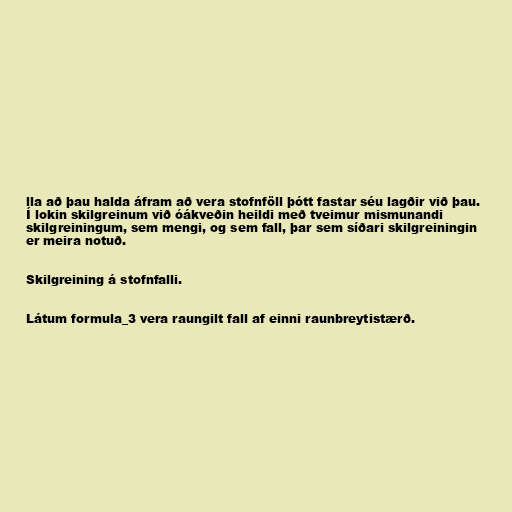
lla að þau halda áfram að vera stofnföll þótt fastar séu lagðir við þau.
Í lokin skilgreinum við óákveðin heildi með tveimur mismunandi
skilgreiningum, sem mengi, og sem fall, þar sem síðari skilgreiningin
er meira notuð.

Skilgreining á stofnfalli.

Látum formula_3 vera raungilt fall af einni raunbreytistærð.